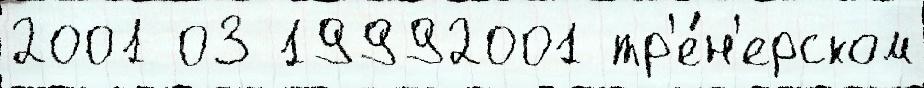
2001 03 19992001 тр'е́н'ерском